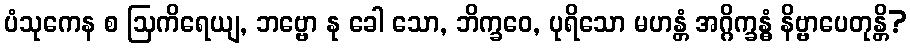
ပံသုကေန စ ဩကိရေယျ, ဘဗ္ဗော နု ခေါ သော, ဘိက္ခဝေ, ပုရိသော မဟန္တံ အဂ္ဂိက္ခန္ဓံ နိဗ္ဗာပေတုန္တိ?